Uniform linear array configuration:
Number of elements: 32
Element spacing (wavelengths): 0.5
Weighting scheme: blackman
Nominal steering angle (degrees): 0
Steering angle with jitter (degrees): -1.801
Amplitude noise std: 0.05
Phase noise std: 0.05

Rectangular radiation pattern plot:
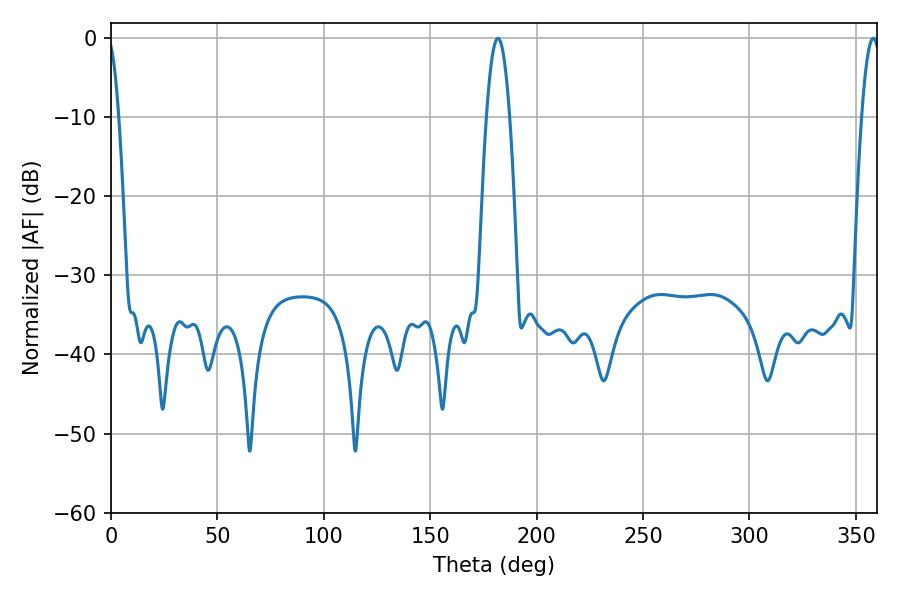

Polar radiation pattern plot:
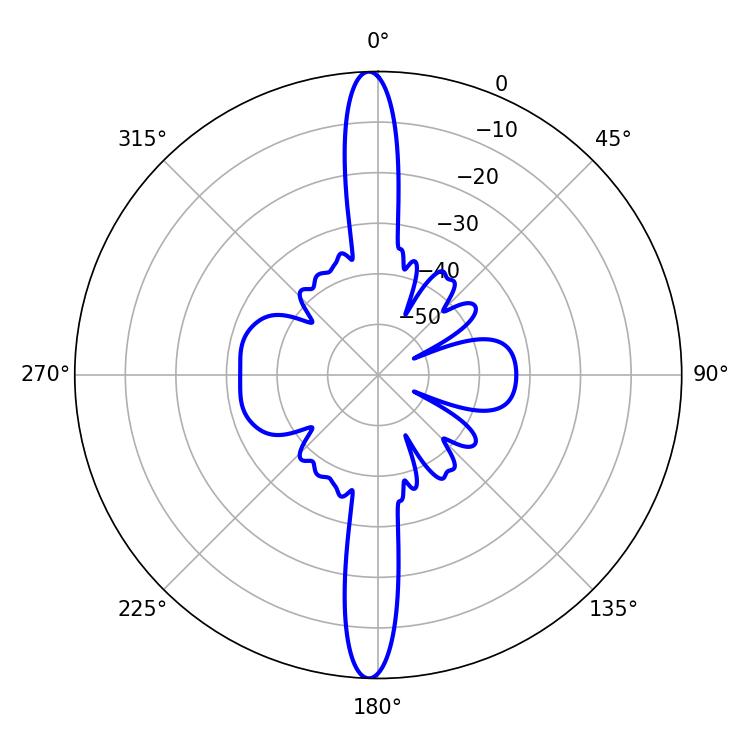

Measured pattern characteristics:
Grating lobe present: FALSE
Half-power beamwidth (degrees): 5.94
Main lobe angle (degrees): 181.8